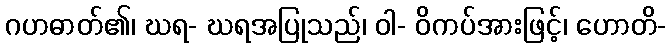
ဂဟဓာတ်၏၊ ဃရ- ဃရအပြုသည်၊ ဝါ- ဝိကပ်အားဖြင့်၊ ဟောတိ-